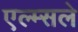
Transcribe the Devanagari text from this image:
एल्म्सले